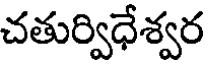
చతుర్విధేశ్వర